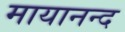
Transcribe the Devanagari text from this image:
मायानन्द